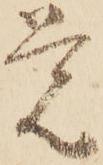
覚